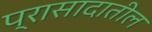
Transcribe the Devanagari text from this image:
प्रासादातील